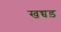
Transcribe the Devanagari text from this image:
खच्चड़